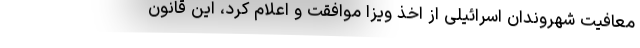
معافیت شهروندان اسرائیلی از اخذ ویزا موافقت و اعلام کرد، این قانون